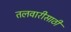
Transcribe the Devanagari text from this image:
तलवारीसाठी